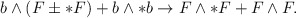
\begin{align*}b\wedge (F \pm * F) + b\wedge * b \rightarrow F \wedge * F + F \wedge F.\end{align*}